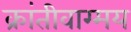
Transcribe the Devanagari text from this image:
क्रांतीवाग्मय